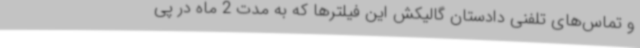
و تماس‌های تلفنی دادستان گالیکش این فیلترها که به مدت 2 ماه در پی